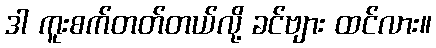
ဒါ ကူးစက်တတ်တယ်လို့ ခင်ဗျား ထင်လား။